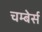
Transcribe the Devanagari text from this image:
चम्बेर्स